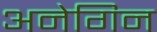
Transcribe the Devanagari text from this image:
अनेगिन